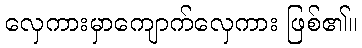
လှေကားမှာကျောက်လှေကား ဖြစ်၏။